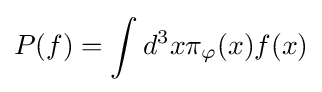
P(f)=\int d^{3}x\pi _{\varphi }(x)f(x)